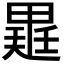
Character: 𭻡